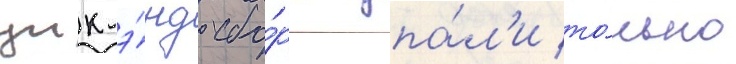
уик-э́нд сбо́ры упа́л'и то́лько